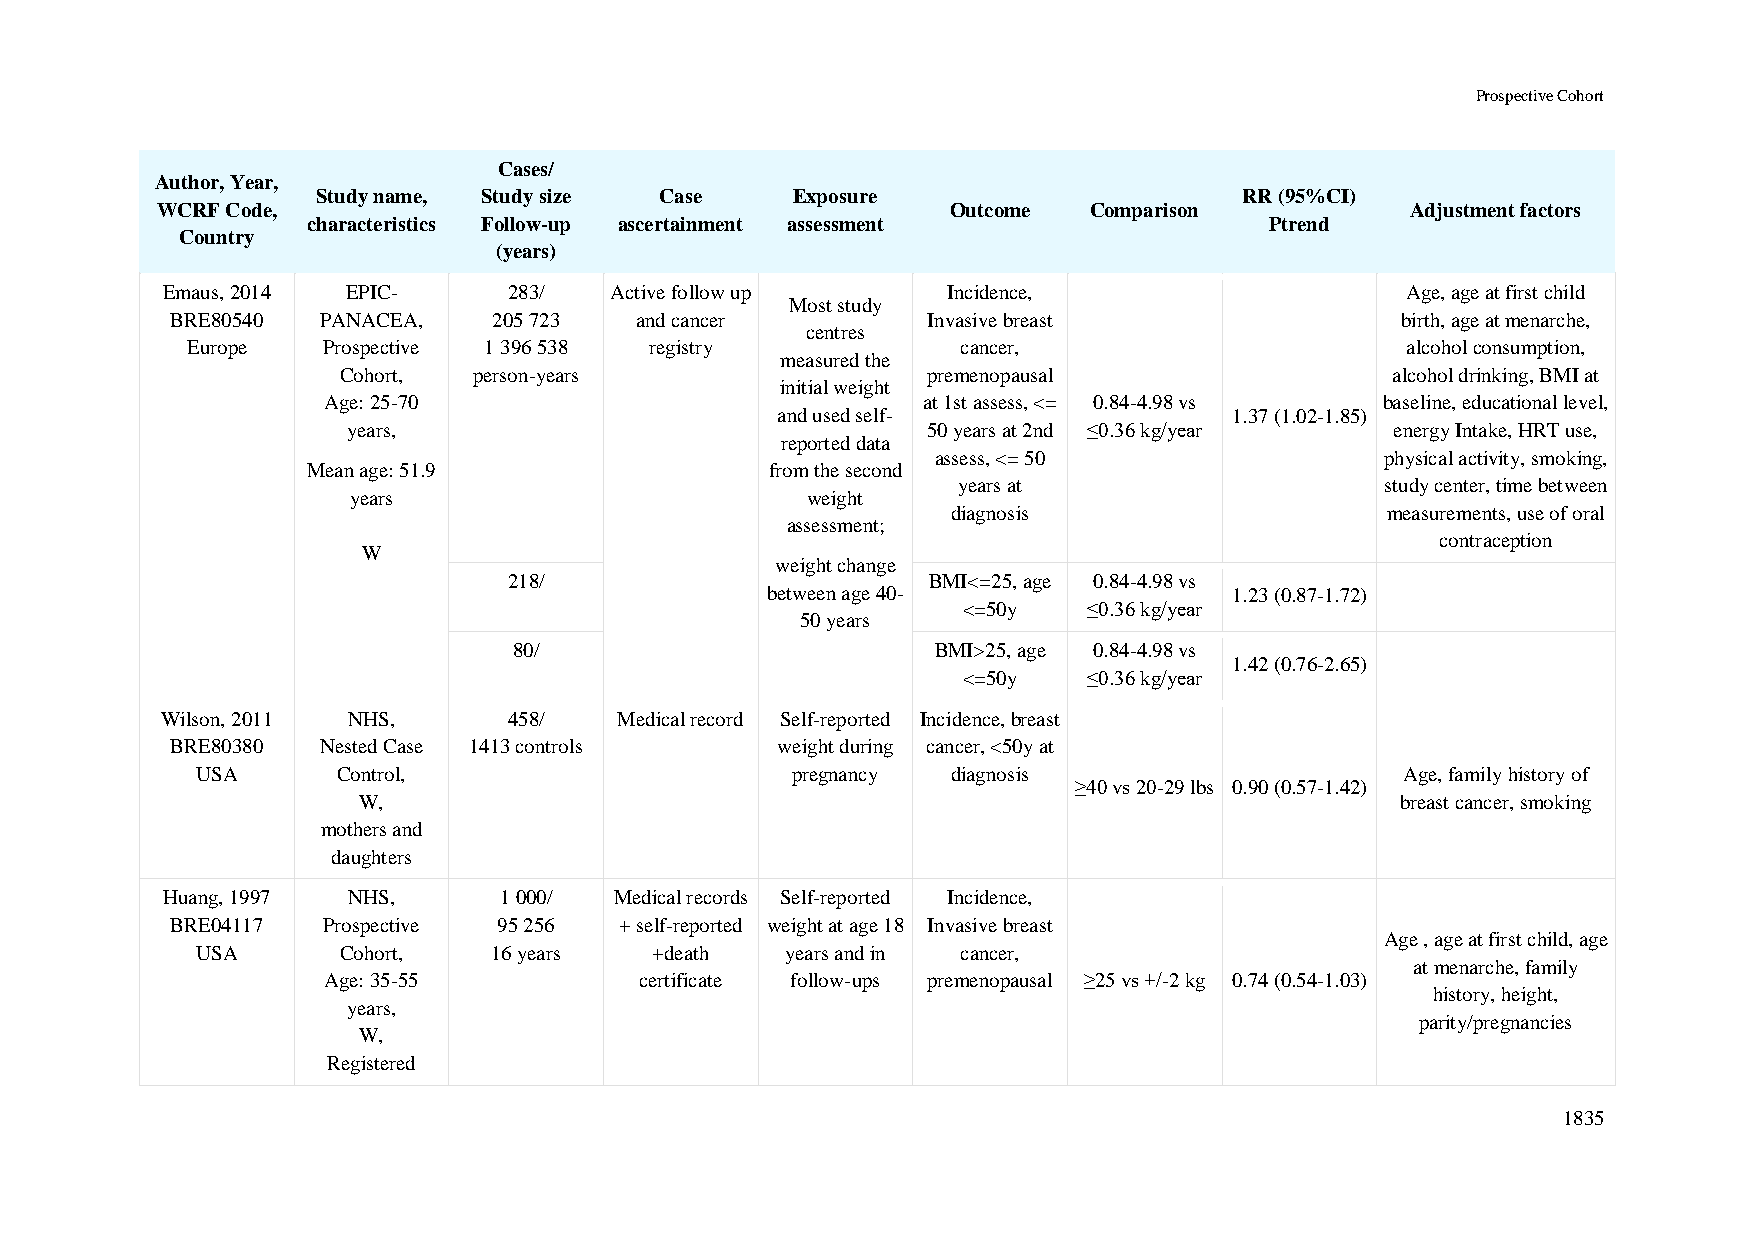
Prospective Cohort
 Cases/
 Author, Year,
 Study name, Study size Case     Exposure                     RR (95%CI)
 WCRF Code,                                           Outcome  Comparison           Adjustment factors
 characteristics Follow-up ascertainment assessment              Ptrend
 Country
 (years)
 Emaus, 2014 EPIC-      283/  Active follow up       Incidence,                    Age, age at first child
 Most study
 BRE80540  PANACEA,    205 723  and cancer         Invasive breast                 birth, age at menarche,
 centres
 Europe   Prospective 1 396 538 registry             cancer,                      alcohol consumption,
 measured the
 Cohort,  person-years                  premenopausal                  alcohol drinking, BMI at
 initial weight
 Age: 25-70                              at 1st assess, <= 0.84-4.98 vs baseline, educational level,
 and used self-                 1.37 (1.02-1.85)
 years,                                50 years at 2nd ≤0.36 kg/year  energy Intake, HRT use,
 reported data
 assess, <= 50                 physical activity, smoking,
 Mean age: 51.9                 from the second
 years at                     study center, time between
 years                         weight
 diagnosis                    measurements, use of oral
 assessment;
 contraception
 W
 weight change
 218/                       BMI<=25, age 0.84-4.98 vs
 between age 40-                1.23 (0.87-1.72)
 <=50y   ≤0.36 kg/year
 50 years
 80/                         BMI>25, age 0.84-4.98 vs
 1.42 (0.76-2.65)
 <=50y   ≤0.36 kg/year
 Wilson, 2011 NHS,      458/   Medical record Self-reported Incidence, breast
 BRE80380  Nested Case 1413 controls     weight during cancer, <50y at
 USA      Control,                      pregnancy  diagnosis                     Age, family history of
 ≥40 vs 20-29 lbs 0.90 (0.57-1.42)
 W,                                                                   breast cancer, smoking
 mothers and
 daughters
 Huang, 1997 NHS,      1 000/  Medical records Self-reported Incidence,
 BRE04117  Prospective 95 256  + self-reported weight at age 18 Invasive breast
 Age , age at first child, age
 USA      Cohort,    16 years  +death   years and in cancer,
 at menarche, family
 Age: 35-55           certificate follow-ups premenopausal ≥25 vs +/-2 kg 0.74 (0.54-1.03)
 history, height,
 years,
 parity/pregnancies
 W,
 Registered
 1835